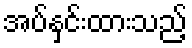
အပ်နှင်းထားသည့်